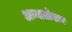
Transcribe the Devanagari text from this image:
अन्नातोशन